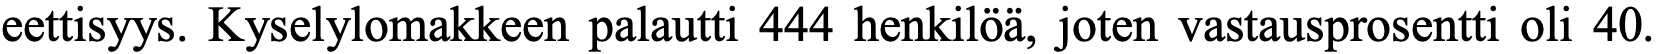
eettisyys. Kyselylomakkeen palautti 444 henkilöä, joten vastausprosentti oli 40.